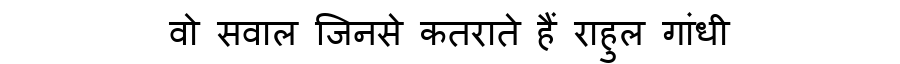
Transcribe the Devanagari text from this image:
वो सवाल जिनसे कतराते हैं राहुल गांधी